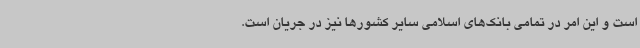
است و این امر در تمامی بانک‌های اسلامی سایر کشورها نیز در جریان است.